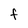
Character: F